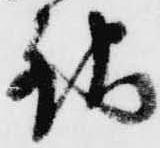
銀